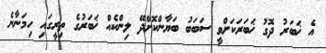
އެ ޚަބަރު ދޮގު ޚަބަރަކަށްވީ ސަބަބު ބަޔާންކޮށްދޭ ލިންކެއް ޚަބަރުގެ ތިރީގައި ހިމަނާނެ